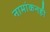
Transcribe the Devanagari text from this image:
नामांकनही